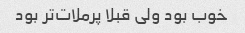
خوب بود ولی قبلا پرملات‌تر بود